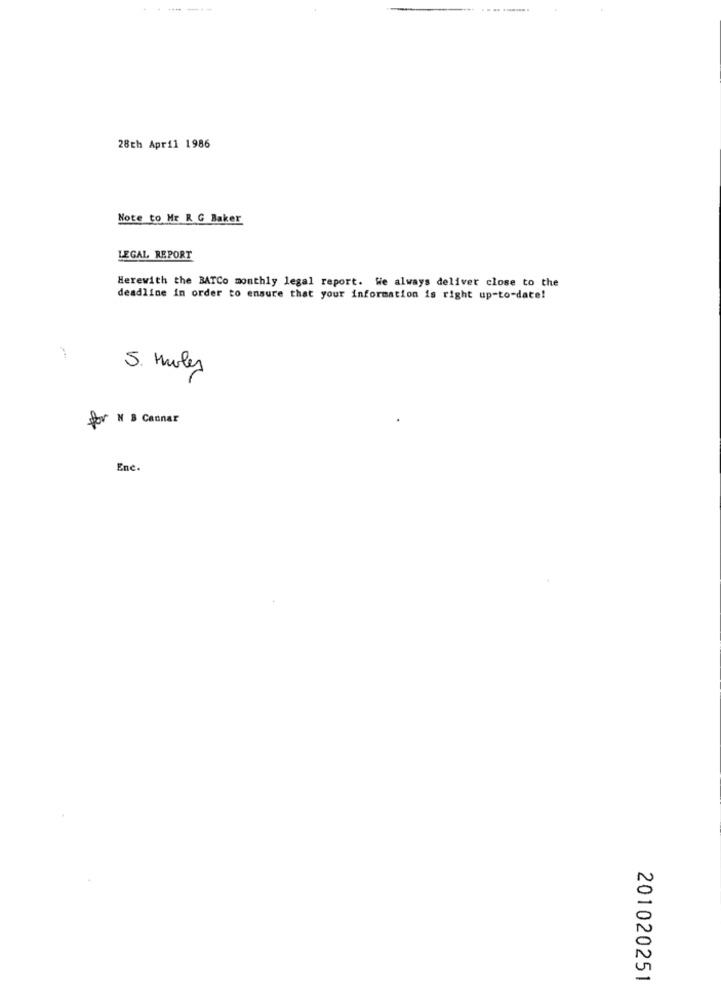
28th April 1986
Note to Mr R G Baker
LEGAL REPORT
Herewith the BATCo monthly legal report. We always deliver close to the
deadline in order to ensure that your information is right up-to-date!
5. Miles
for N & Cannar
Enc.
201020251